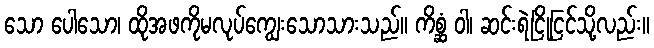
သော ပေါသော၊ ထိုအဖကိုမလုပ်ကျွေးသောသားသည်။ ကိစ္ဆံ ဝါ၊ ဆင်းရဲငြိုငြင်သို့လည်း။